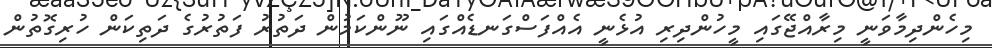
މިހެންދިމާވަނީ މިރާއްޖޭގައި މީހުންދިރި އުޅެނީ އެއްފަސްގަނޑެއްގައި ނޫންކަމުން ދަތުރު ފަތުރުގެ ދަތިކަން ހުރިގޮތުން